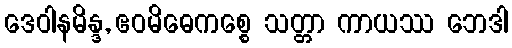
ဒေဝါနမိန္ဒ, ဧဝမိဓေကစ္စေ သတ္တာ ကာယဿ ဘေဒါ